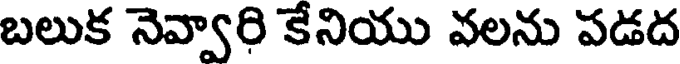
బలుక నెవ్వారి కేనియు వలను పడద